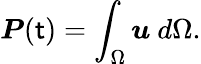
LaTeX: \boldsymbol{P}(\mathsf{t})=\int_{\Omega}\boldsymbol{u}\mathrm{{~}}d\Omega.